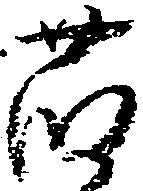
藤